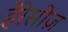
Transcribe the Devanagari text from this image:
हेरेसीज़